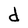
Character: d